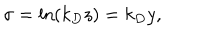
\sigma = \ln ( k _ { D } z ) = k _ { D } y ,